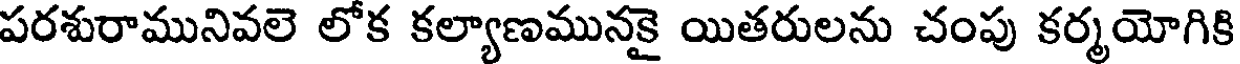
పరశురామునివలె లోక కల్యాణమునకై యితరులను చంపు కర్మయోగికి